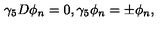
\gamma _ { 5 } D \phi _ { n } = 0 , \gamma _ { 5 } \phi _ { n } = \pm \phi _ { n } ,